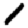
Digit: 1